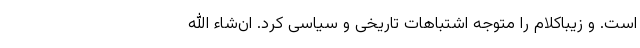
است. و زیباکلام را متوجه اشتباهات تاریخی و سیاسی کرد. ان‌شاء الله